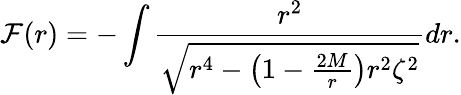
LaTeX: {\cal F}(r)=-\int\frac{r^{2}}{\sqrt{r^{4}-\left(1-\frac{2M}{r}\right)r^{2}\zeta^{2}}}dr.